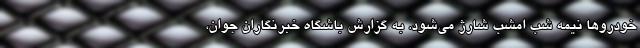
خودرو‌ها نیمه شب امشب شارژ می‌شود. به گزارش باشگاه خبرنگاران جوان،